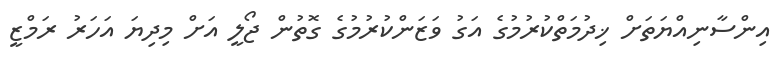
އިންސާނިއްޔަތަށް ޚިދުމަތްކުރުމުގެ އަގު ވަޒަންކުރުމުގެ ގޮތުން ޖޯލީ އަށް މިދިޔަ އަހަރު ރަމްޒީ